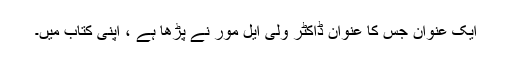
ایک عنوان جس کا عنوان ڈاکٹر ولی ایل مور نے پڑھا ہے ، اپنی کتاب میں۔